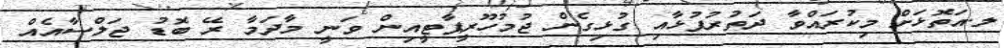
ލ.އަތޮޅަށް މިކުރައްވާ ދަތުރުފުޅާއި ގުޅިގެން ޖުމުހޫރީޕާޓީއިން ވަނީ މާދަމާ ރޭ ބޮޑު ޖަލްސާއެއް